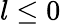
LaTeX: l\le 0